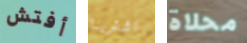
أفتش اشترينا محلاة